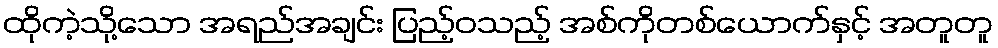
ထိုကဲ့သို့သော အရည်အချင်း ပြည့်ဝသည့် အစ်ကိုတစ်ယောက်နှင့် အတူတူ